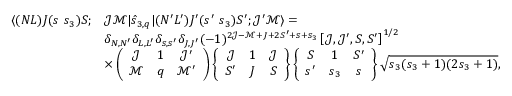
\begin{array} { r l } { \langle ( N L ) J ( s ~ s _ { 3 } ) S ; } & { \mathcal { J } \mathcal { M } | \hat { s } _ { 3 , q } | ( N ^ { \prime } L ^ { \prime } ) J ^ { \prime } ( s ^ { \prime } ~ s _ { 3 } ) S ^ { \prime } ; \mathcal { J } ^ { \prime } \mathcal { M } \rangle = } \\ & { \delta _ { N , N ^ { \prime } } \delta _ { L , L ^ { \prime } } \delta _ { s , s ^ { \prime } } \delta _ { J , J ^ { \prime } } ( - 1 ) ^ { 2 \mathcal { J } - \mathcal { M } + J + 2 S ^ { \prime } + s + s _ { 3 } } \left[ \mathcal { J } , \mathcal { J } ^ { \prime } , S , S ^ { \prime } \right] ^ { 1 / 2 } } \\ & { \times \left( \begin{array} { c c c } { \mathcal { J } } & { 1 } & { \mathcal { J } ^ { \prime } } \\ { \mathcal { M } } & { q } & { \mathcal { M } ^ { \prime } } \end{array} \right) \left\{ \begin{array} { c c c } { \mathcal { J } } & { 1 } & { \mathcal { J } } \\ { S ^ { \prime } } & { J } & { S } \end{array} \right\} \left\{ \begin{array} { c c c } { S } & { 1 } & { S ^ { \prime } } \\ { s ^ { \prime } } & { s _ { 3 } } & { s } \end{array} \right\} \sqrt { s _ { 3 } ( s _ { 3 } + 1 ) ( 2 s _ { 3 } + 1 ) } , } \end{array}